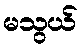
မသွယ်